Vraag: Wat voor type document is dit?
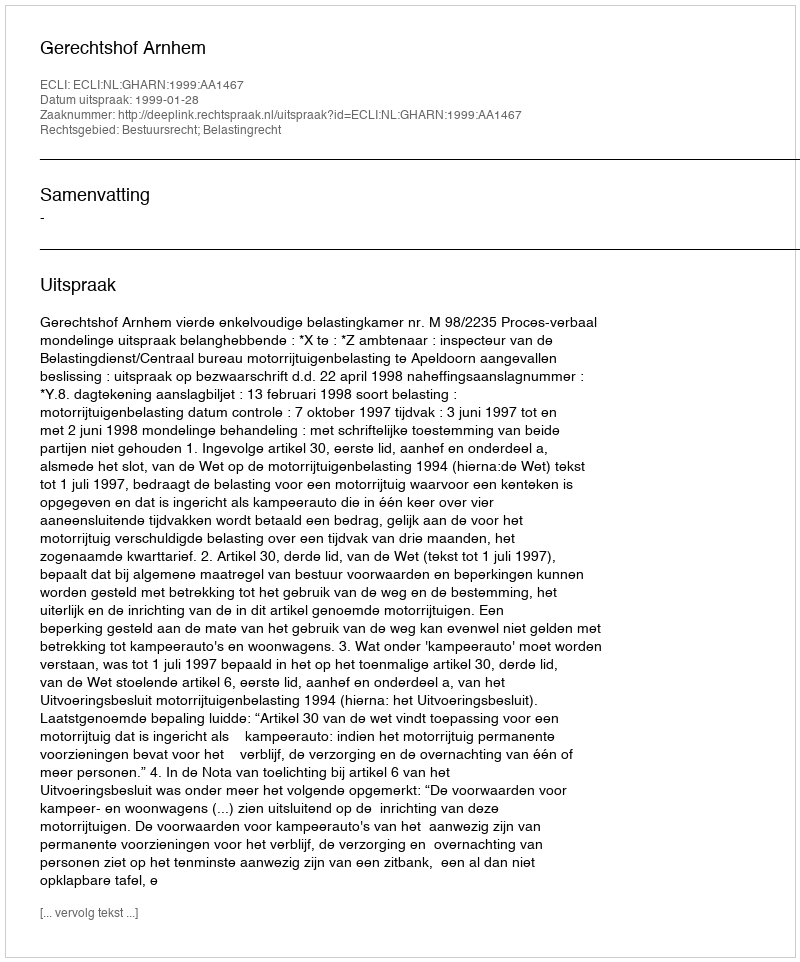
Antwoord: Uitspraak